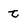
Character: t